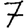
Digit: 7